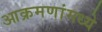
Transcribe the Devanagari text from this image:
आक्रमणांमध्ये